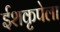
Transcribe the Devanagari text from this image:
ईशकृपेला